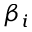
\beta _ { i }